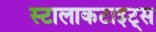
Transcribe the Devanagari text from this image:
स्टालाकटाइट्स